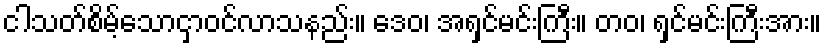
ငါသတ်စိမ့်သောငှာဝင်လာသနည်း။ ဒေဝ၊ အရှင်မင်းကြီး။ တဝ၊ ရှင်မင်းကြီးအား။